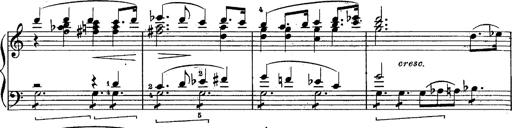
Title: Schubert's Impromptus [revised and edited by Franz Liszt]
Composer: Franz Liszt